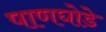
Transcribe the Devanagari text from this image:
पाणघोडे